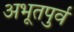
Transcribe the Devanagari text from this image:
अभूतपुर्व